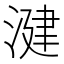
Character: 湕